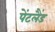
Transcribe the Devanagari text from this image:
पेंटलैंड